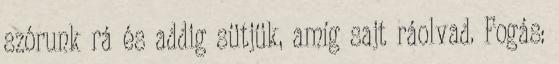
szórunk rá és addig sütjük, amíg sajt ráolvad. Fogás: